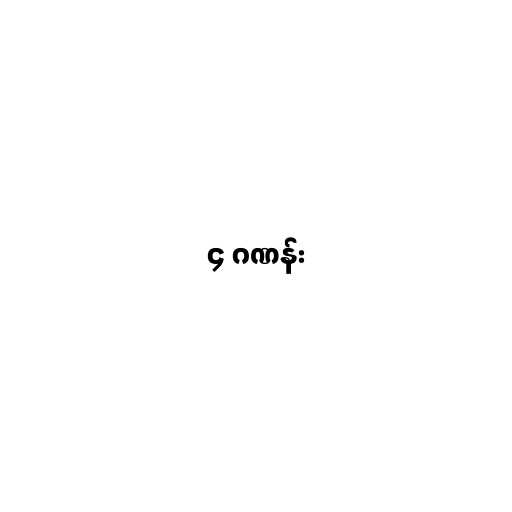
၄ ဂဏန်း